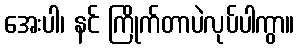
အေးပါ၊ နင် ကြိုက်တာပဲလုပ်ပါကွာ။